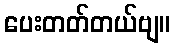
ပေးတတ်တယ်ဗျ။